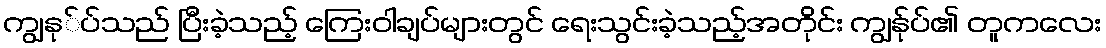
ကျွနု်ပ်သည် ပြီးခဲ့သည့် ကြေးဝါချပ်များတွင် ရေးသွင်းခဲ့သည့်အတိုင်း ကျွနု်ပ်၏ တူကလေး